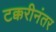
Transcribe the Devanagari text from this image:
टक्करीनंतर